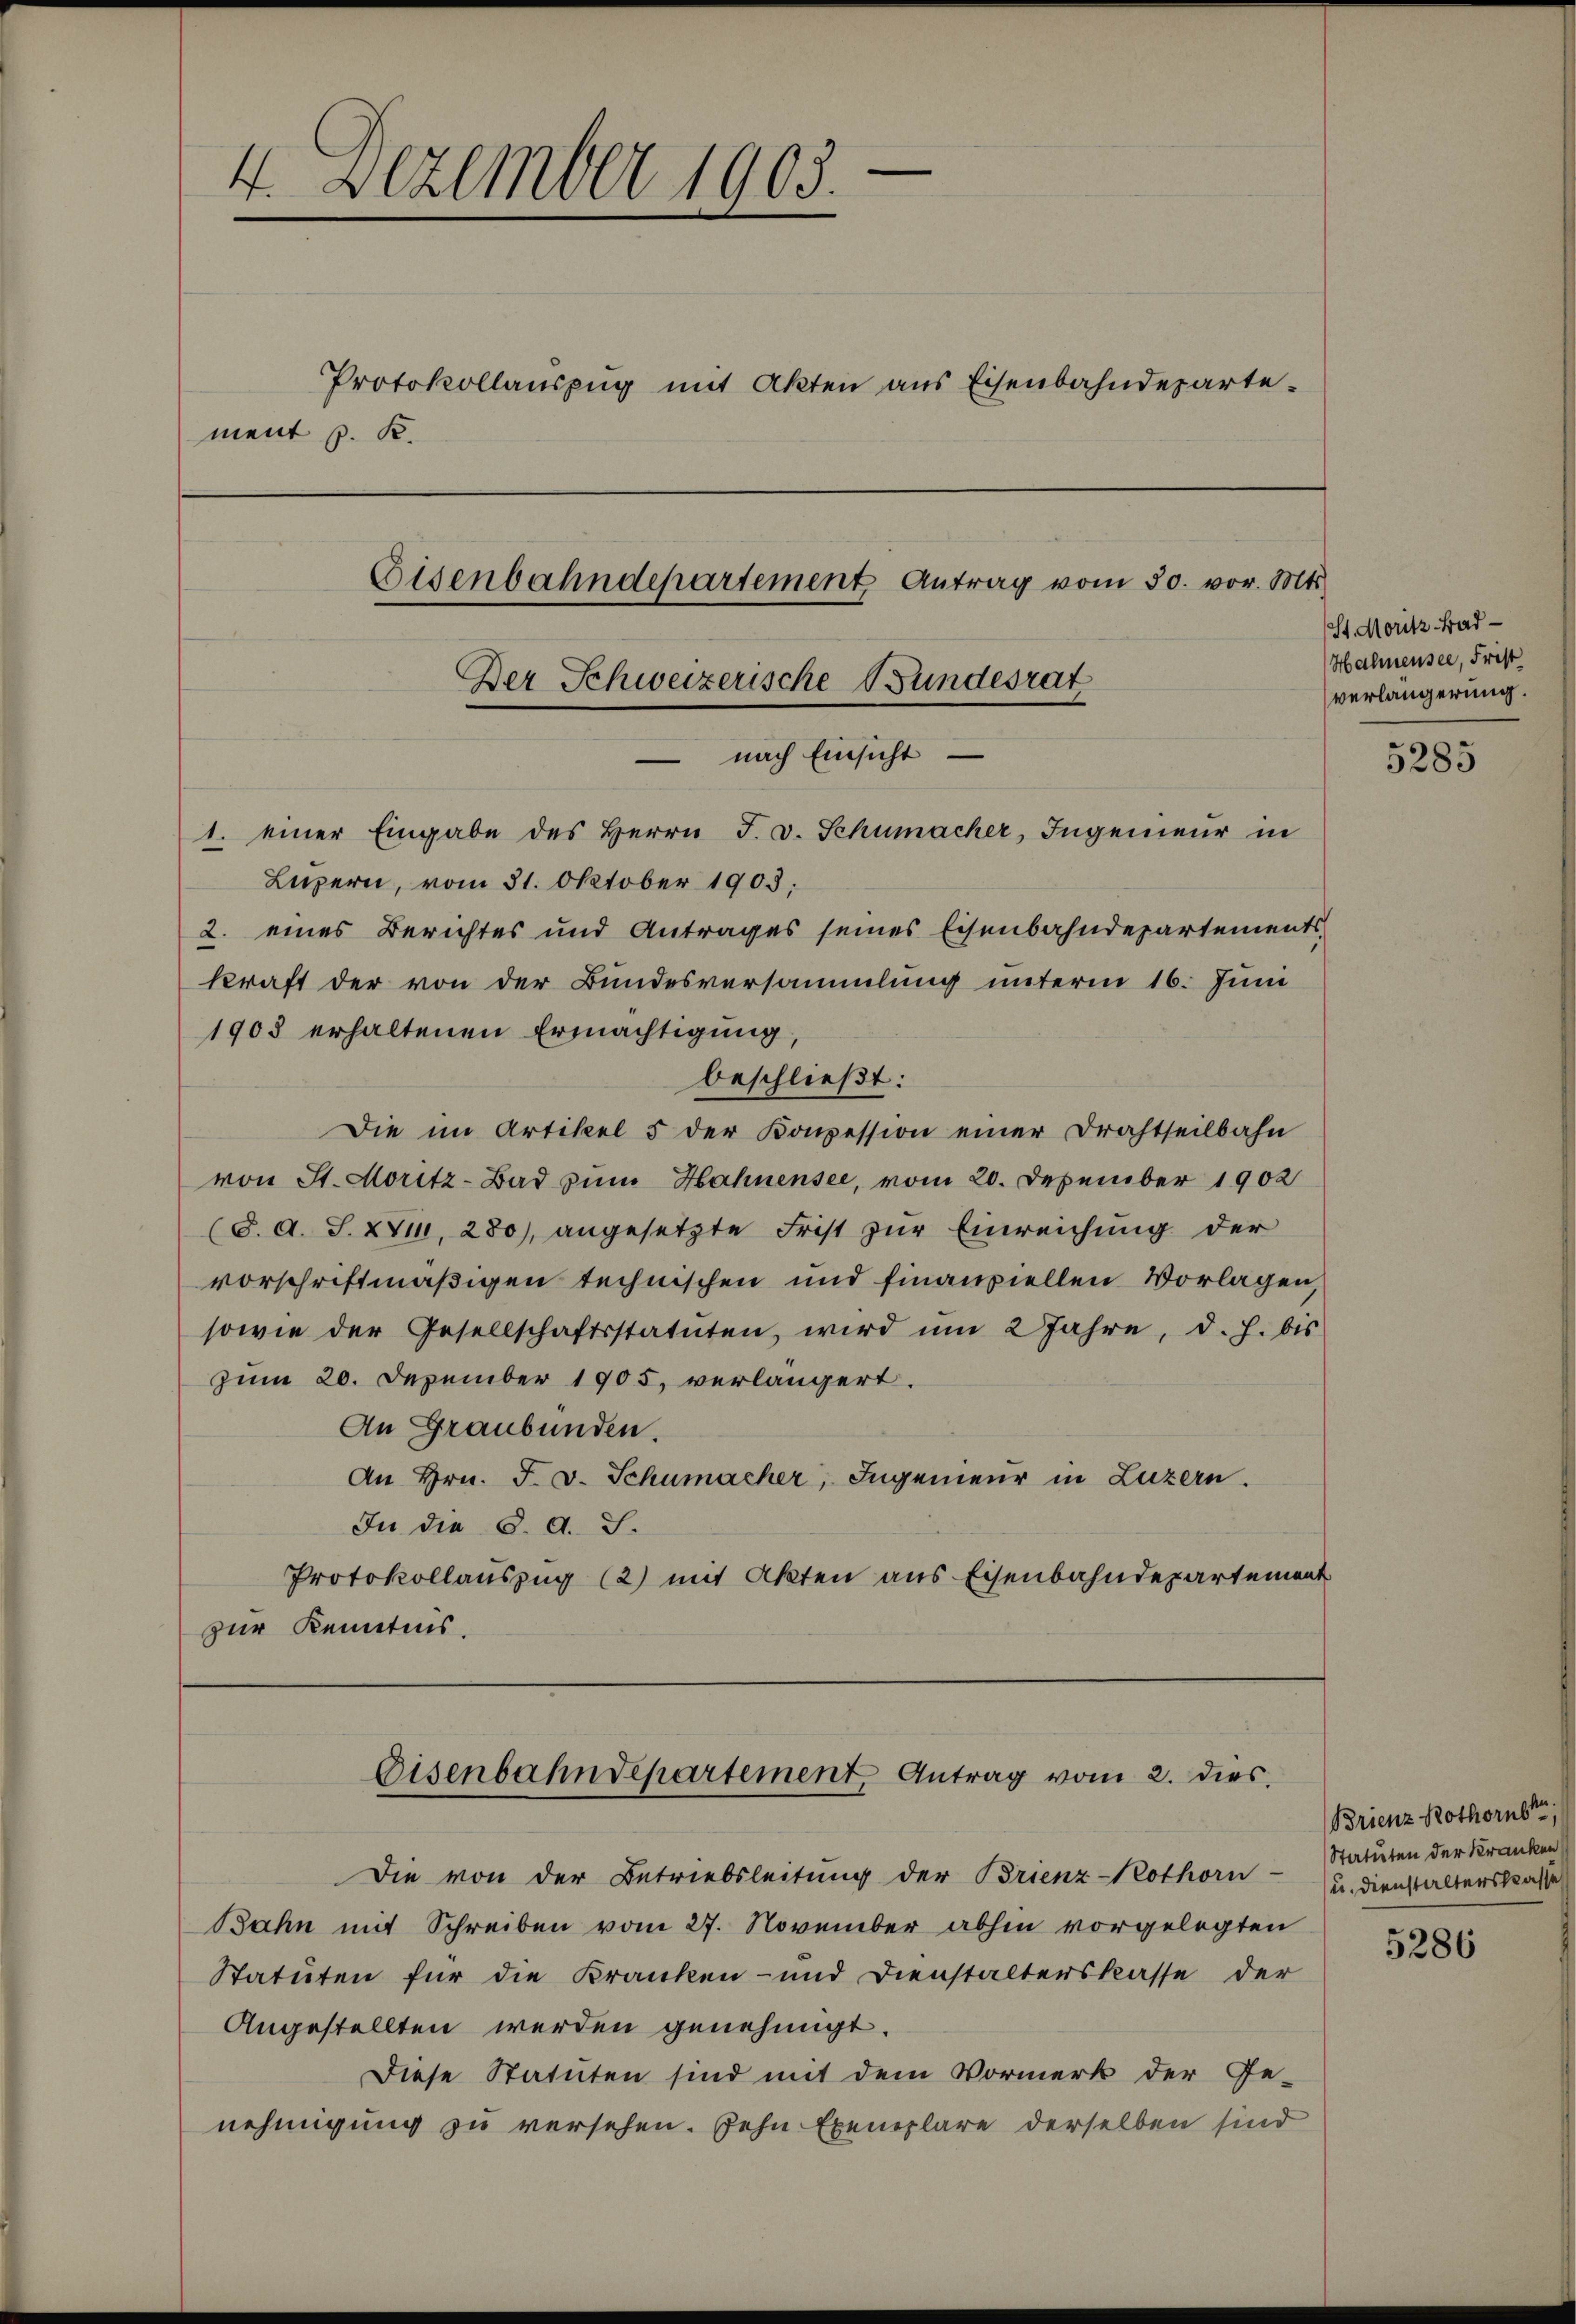
—
2.
4. Dezember 1905
Protokollauszug mit Akten aus Eisenbahndeparte-
ment p. K.
Eisenbahndepartement Antrag vom 30. vor. Mts.

Der Schweizerische Bundesrat
 nach Einsicht
1. einer Eingabe des Herrn F. v. Schumacher, Ingenieŭr in

Eisenbahndepartement Antrag vom 2. dies

Die von der Betriebsleitung der Brienz-Kothorn- u. Dienstalterskasse
Bahn mit Schreiben vom 27. November abhin vorgelegten
Statuten für die Kranken- und Dienstalterskasse der
Angestellten werden genehmigt.
Diese Statuten sind mit dem Vormerk der Ge-
nehmigung zu versehen. Zehn Exemplare derselben sind

Luzern, vom 31. Oktober 1903.
2. eines Berichtes und Antrages seines Eisenbahndepartements
kraft der von der Bundesversammlung unterm 16. Juni
1903 erhaltenen Ermächtigung
beschließt:
Die im Artikel 5 der Konzession einer Drahtseilbahn
von St. Moritz-Bad zum Hahnensee, vom 20. Dezember 1902
(8. d. S. XVII, 280), angesetzte Frist zur Einreichung der
vorschriftmäßigen technischen und finanziellen Vorlagen,
sowie der Gesellschaftsstatuten, wird ŭm 2 Jahre, d. h. bis
zum 20. Dezember 1905. verlängert.
An Graubünden.
An Hrn. F. v. Schumacher, Ingenieur in Luzern.
In die S. A. S.
Protokollauszug (2) mit Akten aus Eisenbahndepartement
zur Kenntnis.

St. Moritz Bad
Hahnensee, Frist
verlängerung.

5285

Brienz Rothornste,
Statuten der Kranken

5286